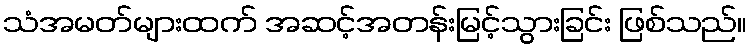
သံအမတ်များထက် အဆင့်အတန်းမြင့်သွားခြင်း ဖြစ်သည်။